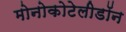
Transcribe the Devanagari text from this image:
मोनोकोटेलीडॉन